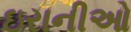
ઇરાનીઓ